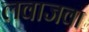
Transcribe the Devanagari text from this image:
लवाजवा